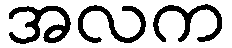
အလက